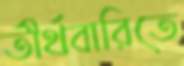
তীর্থবারিতে